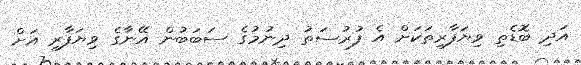
އަދި ބޮޑެތި ވިޔަފާރިތަކަށް އެ ފުރުސަތު ދިނުމުގެ ސަބަބުން އޭނާގެ ވިޔަފާރި އަށް